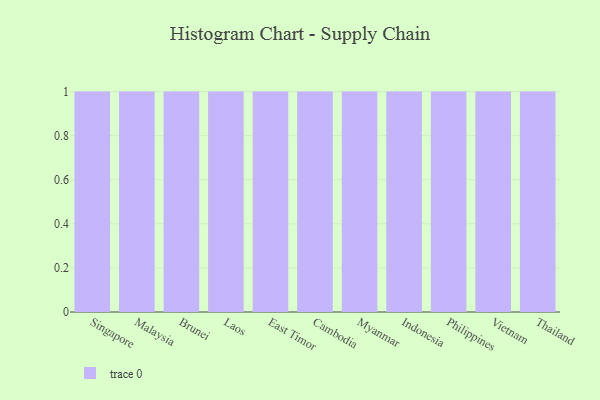
{"axis": {"x": "Country", "y": "Active Users"}, "legend": [""], "data": [{"x": "Singapore", "y": 50, "type": ""}, {"x": "Malaysia", "y": 7, "type": ""}, {"x": "Brunei", "y": 99, "type": ""}, {"x": "Laos", "y": 53, "type": ""}, {"x": "East Timor", "y": 33, "type": ""}, {"x": "Cambodia", "y": 83, "type": ""}, {"x": "Myanmar", "y": 74, "type": ""}, {"x": "Indonesia", "y": 65, "type": ""}, {"x": "Philippines", "y": 91, "type": ""}, {"x": "Vietnam", "y": 2, "type": ""}, {"x": "Thailand", "y": 100, "type": ""}]}